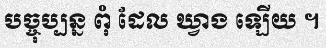
បច្ចុប្បន្ន ពុំ ដែល ឃ្វាង ឡើយ ។